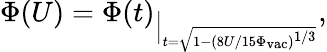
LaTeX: \Phi(U)=\Phi(t)_{\Big|_{t=\sqrt{1-(8U/15\Phi_{\mathrm{vac}})^{1/3}}}},